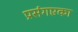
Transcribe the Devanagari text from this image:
प्रसंगएका